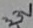
Text: 3.3V